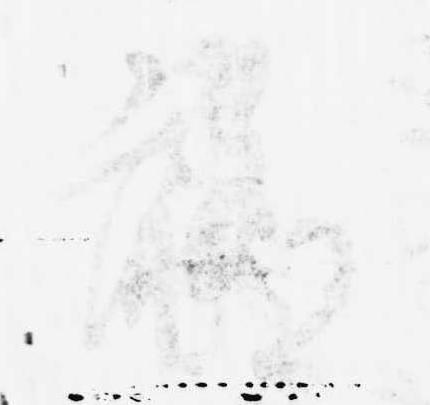
聊